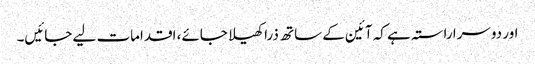
اور دوسرا راستہ ہے کہ آئین کے ساتھ ذرا کھیلا جائے، اقدامات لیے جائیں۔